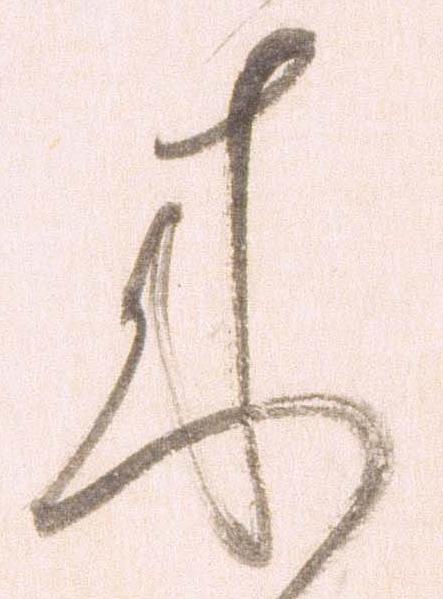
来